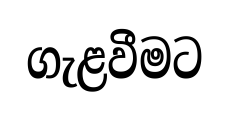
ගැළවීමට